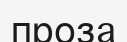
проза